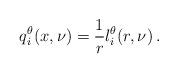
LaTeX: \begin{align*}q^\theta_i(x,\nu) = \frac{1}{r} l^\theta_i(r,\nu) \,.\end{align*}